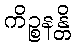
ကိဉ္စနန္တိ